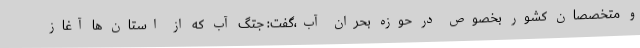
و متخصصان کشور بخصوص در حوزه بحران آب،گفت: جتگ آب که از استان ها آغاز